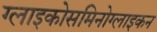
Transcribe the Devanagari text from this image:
ग्लाइकोसमिनोग्लाइकन